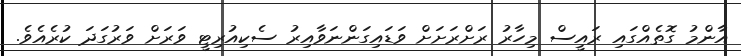
އާންމު ގޮތެއްގައި ރައީސް މިހާރު ރަށްރަށަށް ވަޑައިގަންނަވާއިރު ސެކިއުރިޓީ ވަރަށް ވަރުގަދަ ކުރެއެވެ.